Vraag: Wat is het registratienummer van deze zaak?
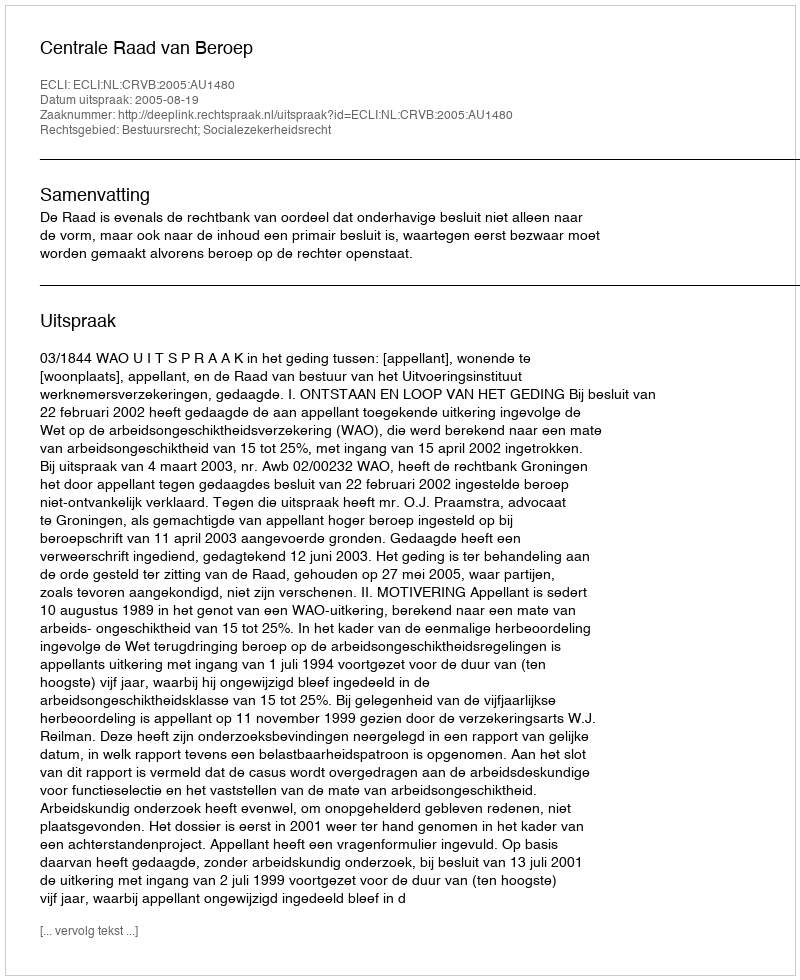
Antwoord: http://deeplink.rechtspraak.nl/uitspraak?id=ECLI:NL:CRVB:2005:AU1480